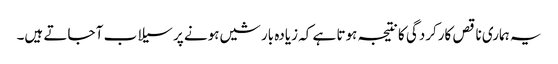
یہ ہماری ناقص کارکردگی کا نتیجہ ہوتا ہے کہ زیادہ بارشیں ہونے پر سیلاب آ جاتے ہیں۔